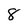
Character: 8